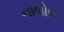
નાબોબ